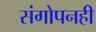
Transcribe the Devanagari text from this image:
संगोपनही